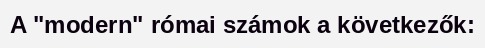
A "modern" római számok a következők: